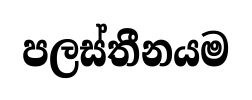
පලස්තීනයම